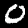
Digit: 0